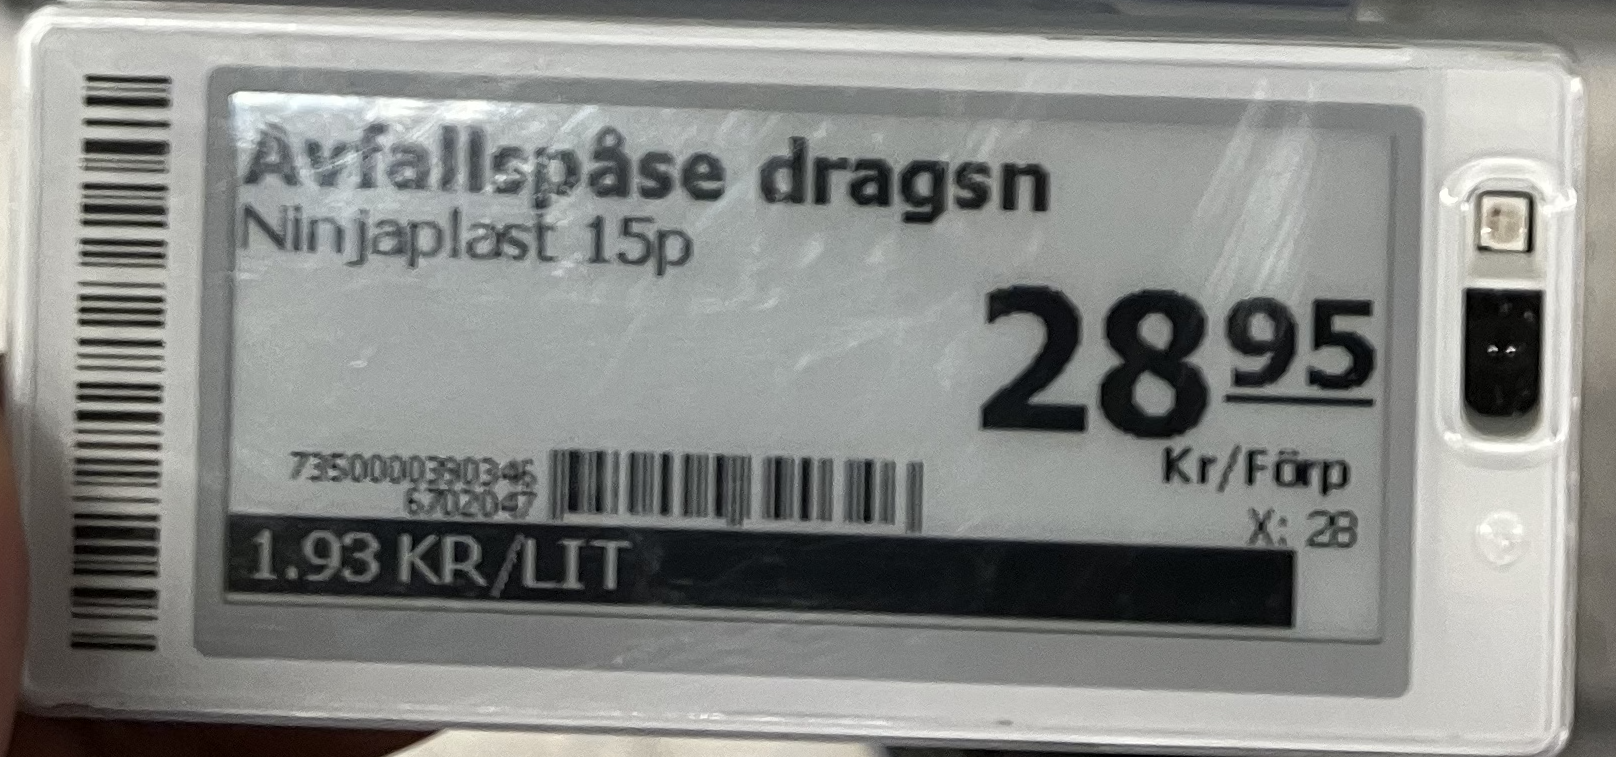
Vara: Avfallspåse dragsn
Genomsnittspris: 1.93 per L